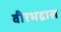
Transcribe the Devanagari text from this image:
वीरभद्रास